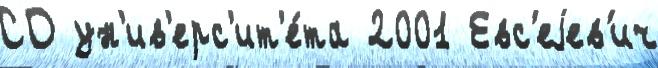
СО ун'ив'ерс'ит'е́та 2001 Евс'еjев'ич